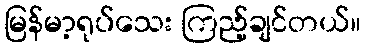
မြန်မာ့ရုပ်သေး ကြည့်ချင်တယ်။